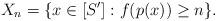
LaTeX: \begin{align*}X_{n}= \{ x \in [S']: f( p(x) ) \ge n\}.\end{align*}